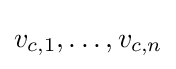
v_{c,1},\dots ,v_{c,n}